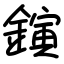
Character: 鏔